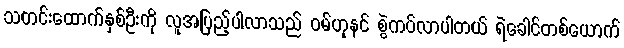
သတင်းထောက်နှစ်ဦးကို လူအပြည့်ပါလာသည် ဝမ်ဟုနင် စွဲကပ်လာပါတယ် ရဲခေါင်တစ်ယောက်